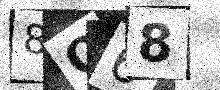
Text: 8O68